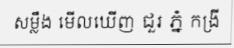
សម្លឹង មើលឃើញ ជួរ ភ្នំ កង្រី